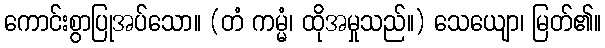
ကောင်းစွာပြုအပ်သော။ (တံ ကမ္မံ၊ ထိုအမှုသည်။) သေယျော၊ မြတ်၏။